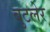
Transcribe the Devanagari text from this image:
बुटलेर